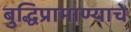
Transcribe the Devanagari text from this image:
बुद्धिप्रामाण्याचे